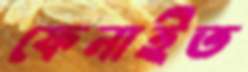
ফেনাইত